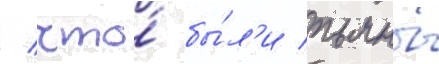
/ что́ бы́л'и пьяны